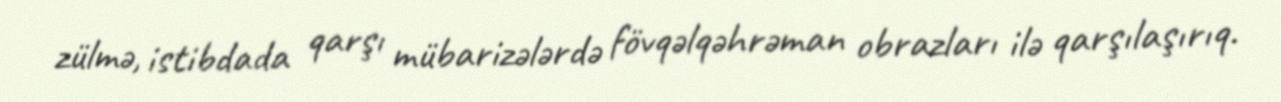
zülmə, istibdada qarşı mübarizələrdə fövqəlqəhrəman obrazları ilə qarşılaşırıq.